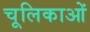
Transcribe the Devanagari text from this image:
चूलिकाओं